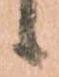
候